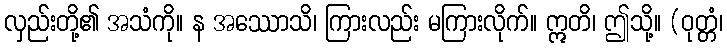
လှည်းတို့၏ အသံကို။ န အဿောသိ၊ ကြားလည်း မကြားလိုက်။ ဣတိ၊ ဤသို့။ (ဝုတ္တံ၊